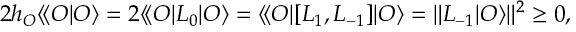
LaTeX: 2 h _ { \cal O } \langle \! \langle { \cal O } | { \cal O } \rangle = 2 \langle \! \langle { \cal O } | L _ { 0 } | { \cal O } \rangle = \langle \! \langle { \cal O } | [ L _ { 1 } , L _ { - 1 } ] | { \cal O } \rangle = \| L _ { - 1 } | { \cal O } \rangle \| ^ { 2 } \geq 0 ,